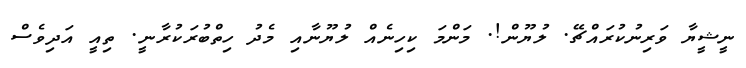
ނީޝީޔާ ވަރިނުކުރައްޗޭ. ލުޔޫން!. މަންމަ ކިހިނެއް ލުޔޫނާއި މެދު ހިތްބުރަކުރާނީ. ތިއީ އަދިވެސް